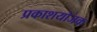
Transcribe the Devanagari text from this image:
प्रकाशयोजक